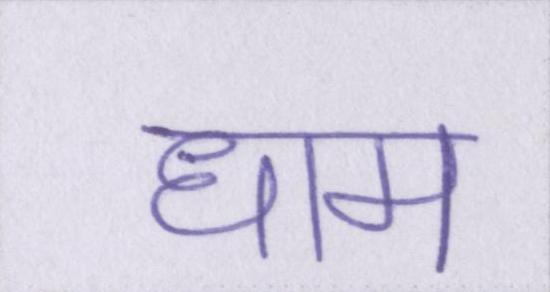
धाम